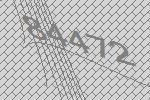
84472